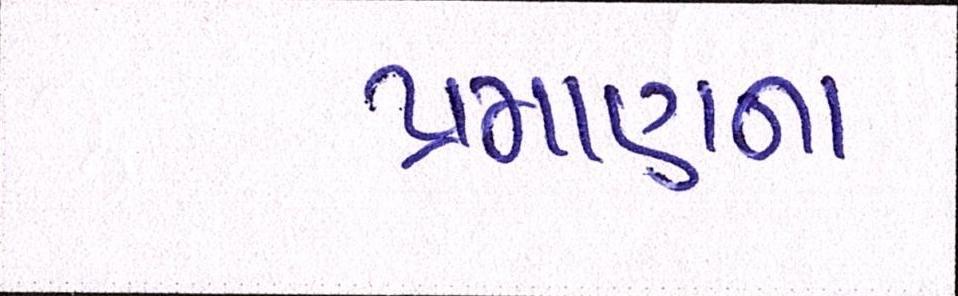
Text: પ્રમાણના